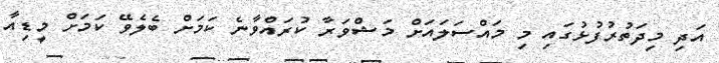
އަދި މިދަތުރުފުޅުގައި މި މައްސަލައަށް މަޝްވަރާ ކުރައްވާނެ ކަަމަށް ބެލެވޭ ކަމަށް މީޑިއާ